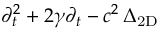
\partial _ { t } ^ { 2 } + 2 \gamma \partial _ { t } - c ^ { 2 } \, \Delta _ { \mathrm { 2 D } }